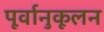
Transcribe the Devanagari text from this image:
पूर्वानुकूलन